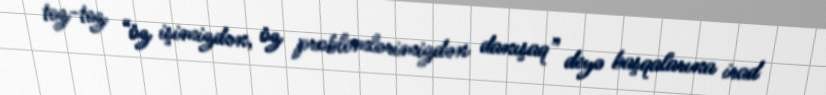
tez-tez “öz işimizdən, öz problemlərimizdən danışaq” deyə başqalarına irad